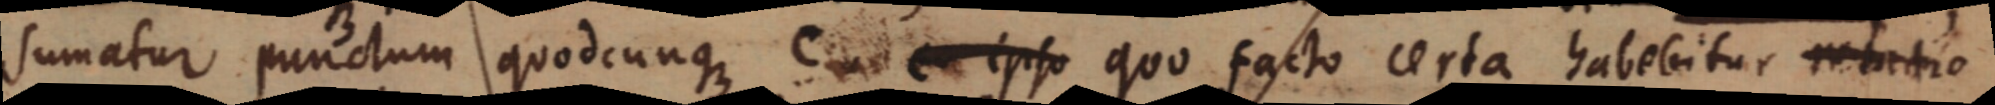
sumatur punctum quodcunque C. _ ipso quo facto certa habebitur metatio